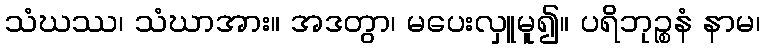
သံဃဿ၊ သံဃာအား။ အဒတွာ၊ မပေးလှူမူ၍။ ပရိဘုဉ္စနံ နာမ၊